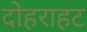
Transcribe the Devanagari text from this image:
दोहराहट